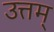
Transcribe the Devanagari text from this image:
उत्तम्